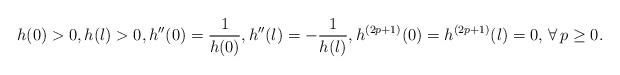
LaTeX: \begin{align*} h(0)>0,h(l)>0,h^{\prime\prime}(0)=\frac{1}{h(0)},h^{\prime\prime}(l)=-\frac{1}{h(l)},h^{(2p+1)}(0)=h^{(2p+1)}(l)=0,\,\forall \,p\geq 0. \end{align*}